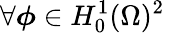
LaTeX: \forall\boldsymbol{\phi}\in H_{0}^{1}(\Omega)^{2}\,